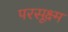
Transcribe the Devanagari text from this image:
परसूक्ष्म